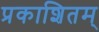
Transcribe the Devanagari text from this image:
प्रकाशितम्